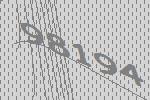
98194